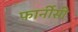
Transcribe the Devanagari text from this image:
फार्नीसी